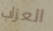
العزاب